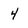
Character: 4